Insane asylums in Bengal annual reports 1876-1887 - 1876-1887
Year: 1876
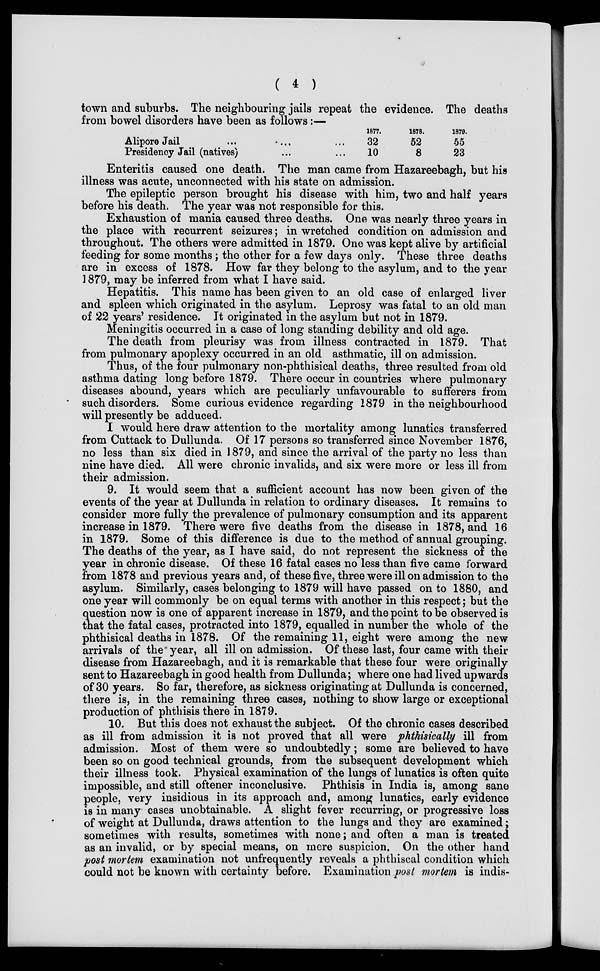
( 4 )
town and suburbs. The neighbouring jails repeat the evidence. The deaths
from bowel disorders have been as follows:—
Alipore Jail
...
...
...
Presidency Jail (natives) ... ...
1877.
32
10
1878.
52
8
1879.
55
23
Enteritis caused one death. The man came from Hazareebagh, but his
illness was acute, unconnected with his state on admission.
The epileptic person brought his disease with him, two and half years
before his death. The year was not responsible for this.
Exhaustion of mania caused three deaths. One was nearly three years in
the place with recurrent seizures; in wretched condition on admission and
throughout. The others were admitted in 1879. One was kept alive by artificial
feeding for some months; the other for a few days only. These three deaths
are in excess of 1878. How far they belong to the asylum, and to the year
1879, may be inferred from what I have said.
Hepatitis. This name has been given to an old case of enlarged liver
and spleen which originated in the asylum. Leprosy was fatal to an old man
of 22 years' residence. It originated in the asylum but not in 1879.
Meningitis occurred in a case of long standing debility and old age.
The death from pleurisy was from illness contracted in 1879. That
from pulmonary apoplexy occurred in an old asthmatic, ill on admission.
Thus, of the four pulmonary non-phthisical deaths, three resulted from old
asthma dating long before 1879. There occur in countries where pulmonary
diseases abound, years which are peculiarly unfavourable to sufferers from
such disorders. Some curious evidence regarding 1879 in the neighbourhood
will presently be adduced.
I would here draw attention to the mortality among lunatics transferred
from Cuttack to Dullunda. Of 17 persons so transferred since November 1876,
no less than six died in 1879, and since the arrival of the party no less than
nine have died. All were chronic invalids, and six were more or less ill from
their admission.
9. It would seem that a sufficient account has now been given of the
events of the year at Dullunda in relation to ordinary diseases. It remains to
consider more fully the prevalence of pulmonary consumption and its apparent
increase in 1879. There were five deaths from the disease in 1878, and 16
in 1879. Some of this difference is due to the method of annual grouping.
The deaths of the year, as I have said, do not represent the sickness of the
year in chronic disease. Of these 16 fatal cases no less than five came forward
from 1878 and previous years and, of these five, three were ill on admission to the
asylum. Similarly, cases belonging to 1879 will have passed on to 1880, and
one year will commonly be on equal terms with another in this respect; but the
question now is one of apparent increase in 1879, and the point to be observed is
that the fatal cases, protracted into 1879, equalled in number the whole of the
phthisical deaths in 1878. Of the remaining 11, eight were among the new
arrivals of the year, all ill on admission. Of these last, four came with their
disease from Hazareebagh, and it is remarkable that these four were originally
sent to Hazareebagh in good health from Dullunda; where one had lived upwards
of 30 years. So far, therefore, as sickness originating at Dullunda is concerned,
there is, in the remaining three cases, nothing to show large or exceptional
production of phthisis there in 1879.
10. But this does not exhaust the subject. Of the chronic cases described
as ill from admission it is not proved that all were phthisically ill from
admission. Most of them were so undoubtedly; some are believed to have
been so on good technical grounds, from the subsequent development which
their illness took. Physical examination of the lungs of lunatics is often quite
impossible, and still oftener inconclusive. Phthisis in India is, among sane
people, very insidious in its approach and, among lunatics, early evidence
is in many cases unobtainable. A slight fever recurring, or progressive loss
of weight at Dullunda, draws attention to the lungs and they are examined;
sometimes with results, sometimes with none; and often a man is treated
as an invalid, or by special means, on mere suspicion. On the other hand
post mortem examination not unfrequently reveals a phthiscal condition which
could not be known with certainty before. Examination post mortem is indis-